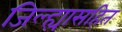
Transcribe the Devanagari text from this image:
जिल्ह्यासहित